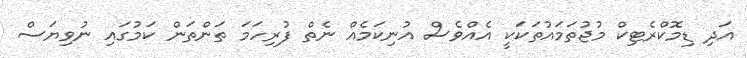
އަދި ޑިމޮކްރެޓިކް މުޖުތަމައުތަކަކީ އެއްވެސް އުނިކަމެއް ނެތް ފުރިހަމަ ތަންތަން ކަމުގައި ނުވިޔަސް